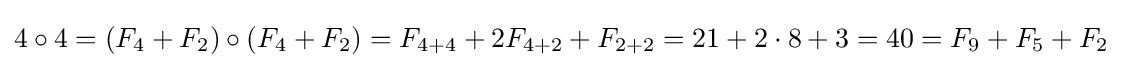
4\circ 4=(F_{4}+F_{2})\circ (F_{4}+F_{2})=F_{4+4}+2F_{4+2}+F_{2+2}=21+2\cdot 8+3=40=F_{9}+F_{5}+F_{2}